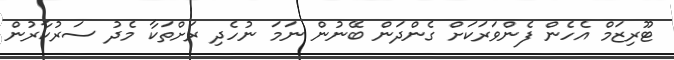
ޓޫރިޒަމް އެހެން ފެންވަރަކަށް ގެންދަން ބޭނުން ނަމަ ނުހެދި ރަށްތަކާ މެދު ސަރުކާރުން